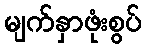
မျက်နှာဖုံးစွပ်